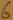
Text: 6